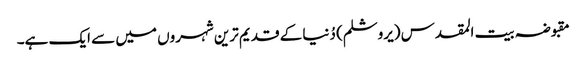
مقبوضہ بیت المقدس (یروشلم) دُنیا کے قدیم ترین شہروں میں سے ایک ہے۔